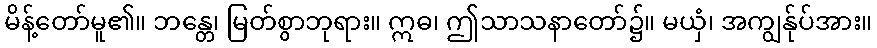
မိန့်တော်မူ၏။ ဘန္တေ၊ မြတ်စွာဘုရား။ ဣဓ၊ ဤသာသနာတော်၌။ မယှံ၊ အကျွန်ုပ်အား။